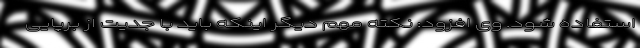
استفاده شود. وی افزود: نکته مهم دیگر اینکه باید با جدیت از برپایی